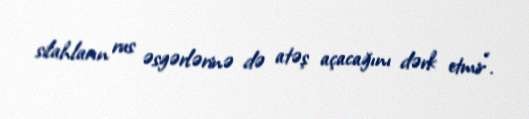
silahların rus əsgərlərinə də atəş açacağını dərk etmir”.